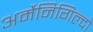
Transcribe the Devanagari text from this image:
अर्मेनिगिल्दो